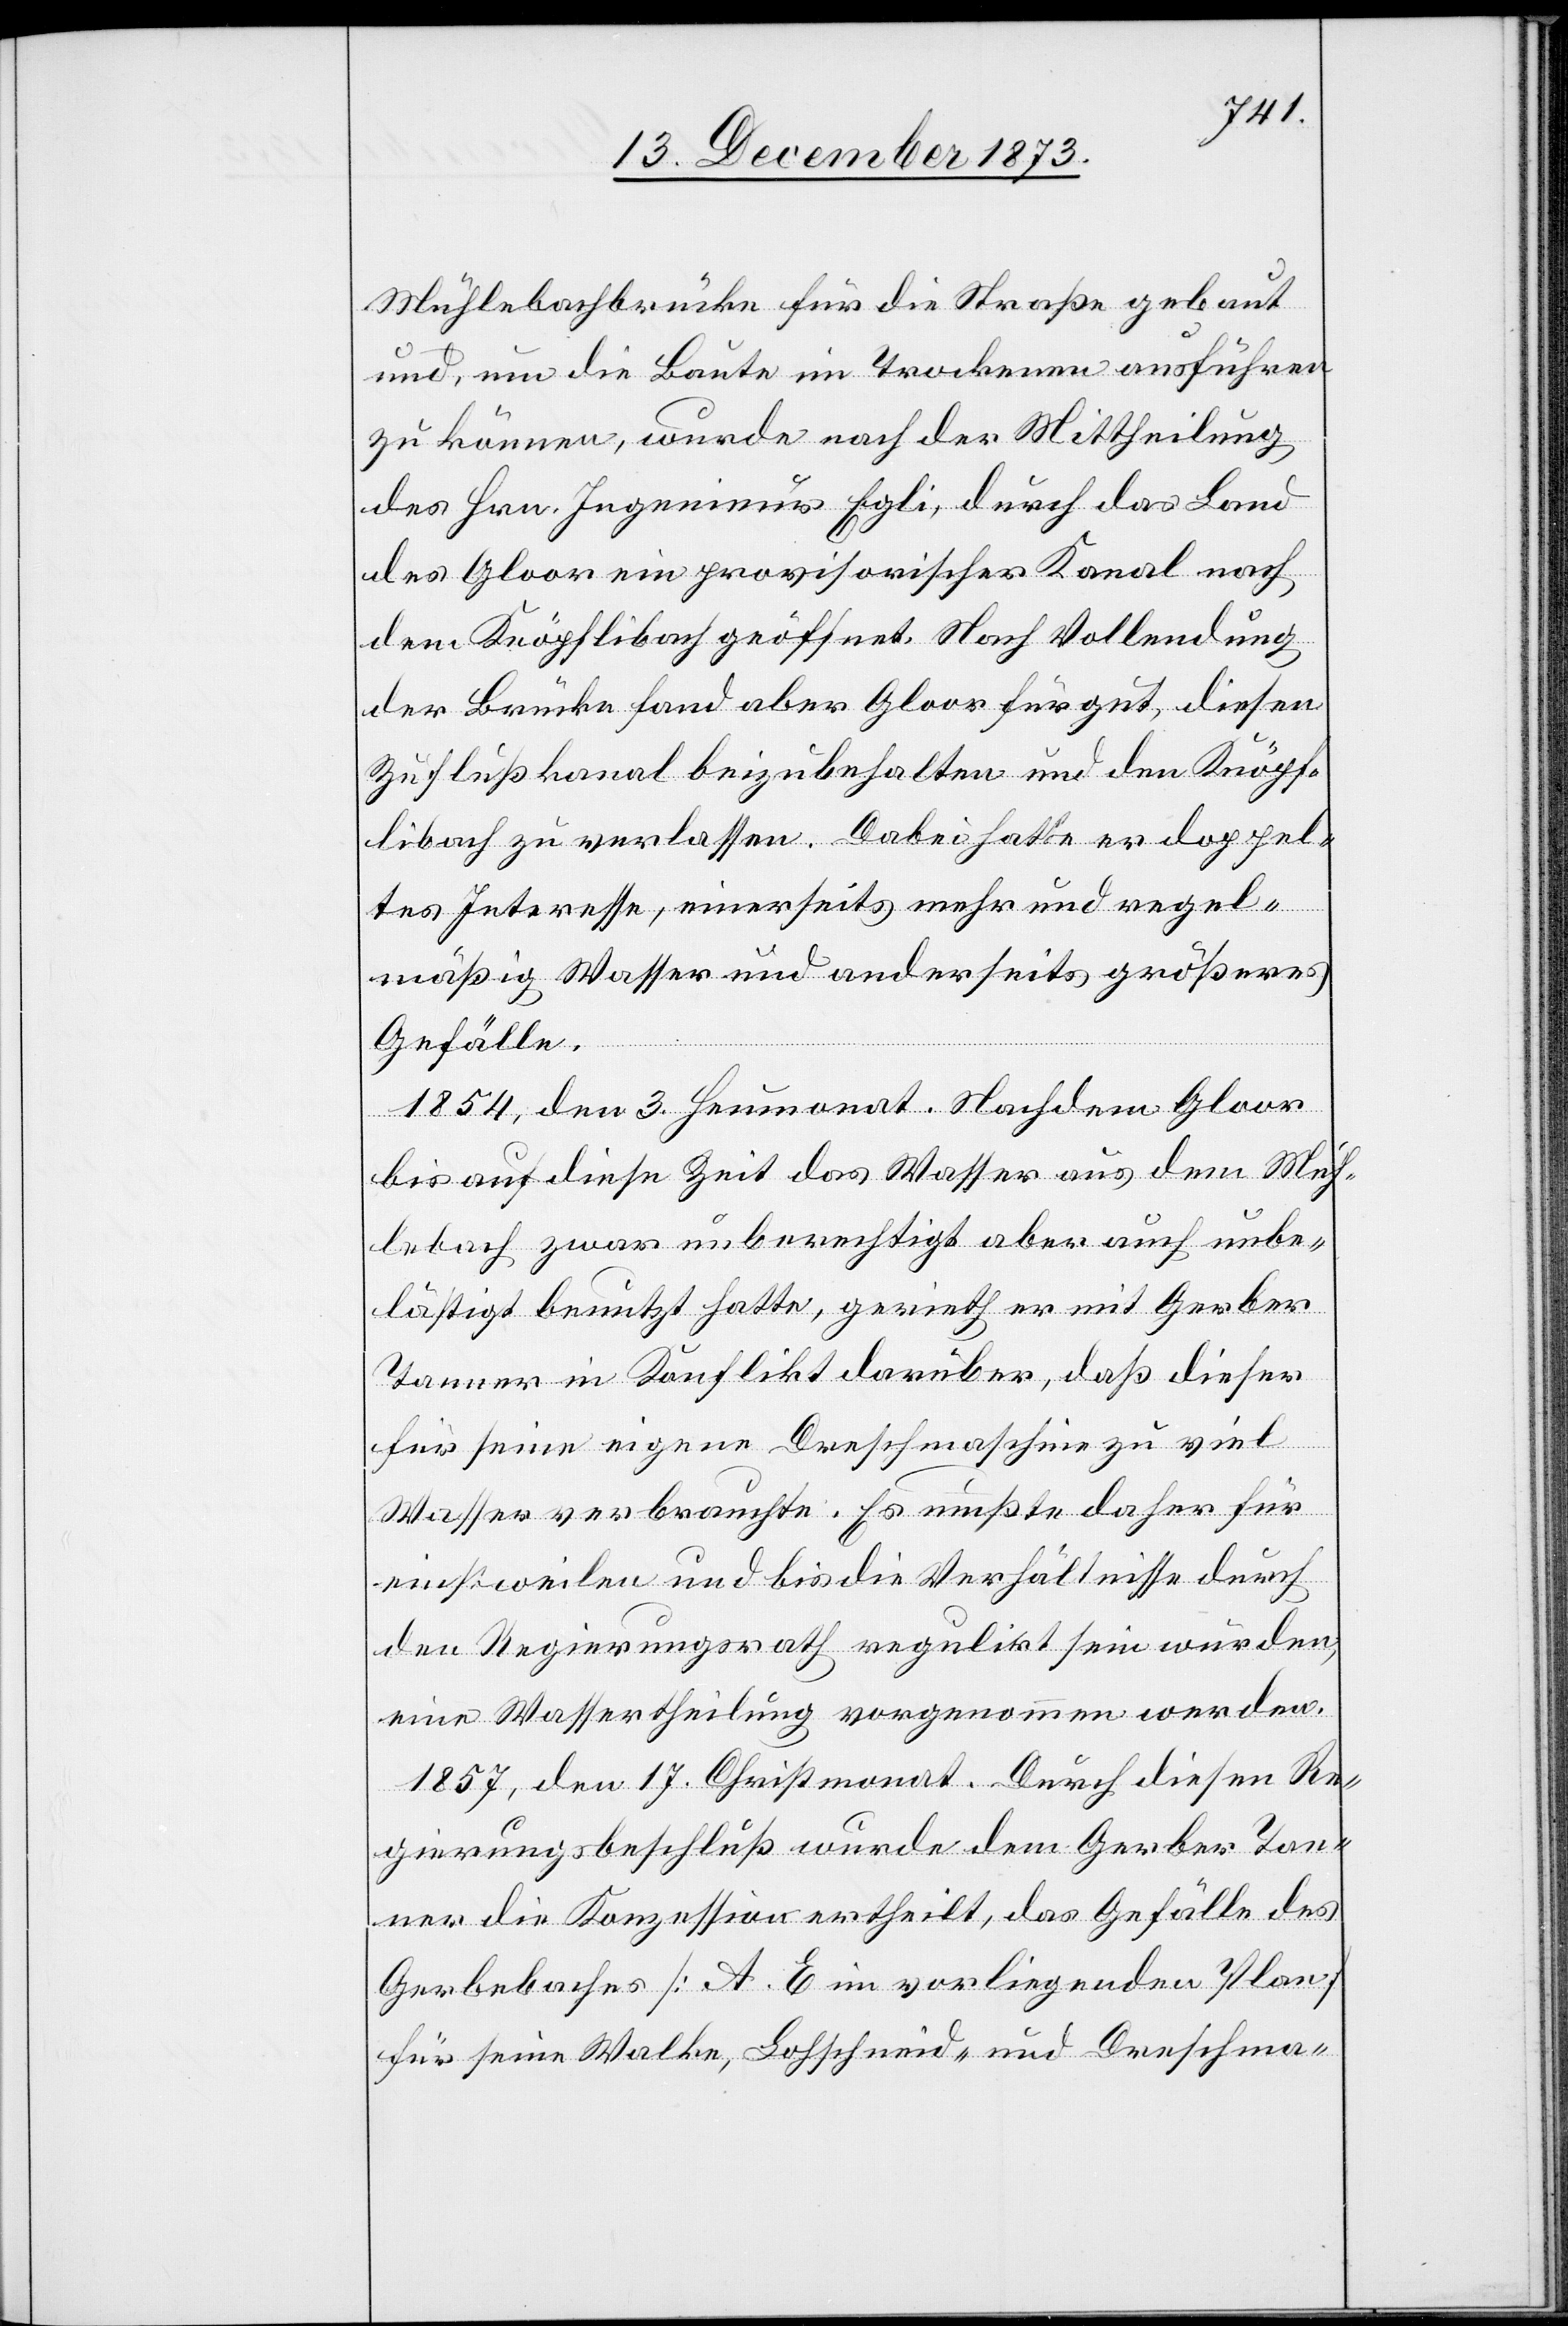
Mühlebachbrücke für die Straße gebaut
und, um die Baute im Trockenen ausführen
zu können, wurde nach der Mittheilung
des Hrn. Ingenieur Egli, durch das Land
des Gloor ein provisorischer Kanal nach
dem Knöpflibach geöffnet. Nach Vollendung
der Brücke fand aber Gloor für gut, diesen
Zuflußkanal beizubehalten und den Knöpf¬
libach zu verlassen. Dabei hatte er doppel¬
tes Interesse, einerseits mehr und regel¬
mäßig Wasser und anderseits größeres
Gefälle.
1854, den 3. Heumonat. Nachdem Gloor
bis auf diese Zeit das Wasser aus dem Müh¬
lebach zwar unberechtigt aber auch unbe¬
lästigt benutzt hatte, gerieth er mit Gerber
Tanner in Konflikt darüber, daß dieser
für seine eigene Dreschmaschine zu viel
Wasser verbrauchte. Es mußte daher für
einstweilen und bis die Verhältnisse durch
den Regierungsrath regulirt sein würden,
eine Wassertheilung vorgenommen werden.
1857, den 17. Christmonat. Durch diesen Re¬
gierungsbeschluß wurde dem Gerber Tan¬
ner die Konzession ertheilt, das Gefälle des
Gerbebaches [A. E im vorliegenden Plan]
für seine Walke, Lohschneid- und Dreschma-